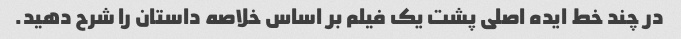
در چند خط ایده اصلی پشت یک فیلم بر اساس خلاصه داستان را شرح دهید.